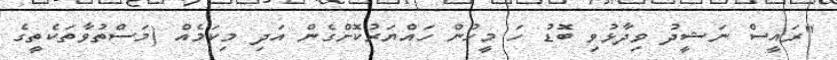
"ރައީސް ނަޝީދު ވިދާޅުވި ބޮޑު ހަ މީހުން ހައްޔަރުކޮށްގެން އަދި މިކަމެއް (މަސްތުވާތަކެތީގެ